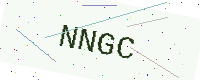
Text: NNGC